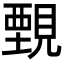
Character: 䚈